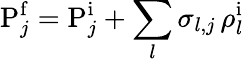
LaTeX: \mathrm{P}_{j}^{\mathrm f}=\mathrm{P}_{j}^{\mathrm i}+\sum_{l}\sigma_{l,j}\, \rho_{l}^{\mathrm i}